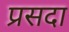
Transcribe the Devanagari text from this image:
प्रसदा